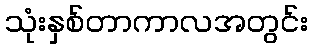
သုံးနှစ်တာကာလအတွင်း